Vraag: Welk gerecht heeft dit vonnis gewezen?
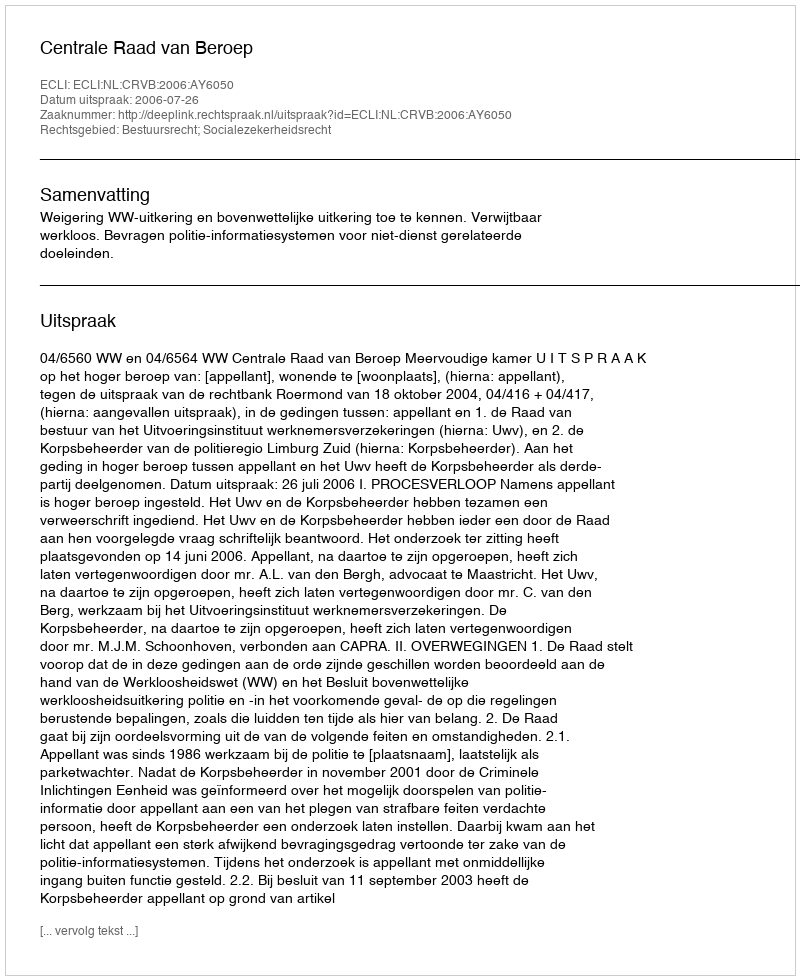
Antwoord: Centrale Raad van Beroep